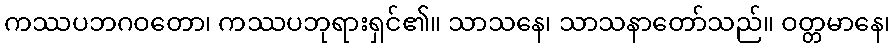
ကဿပဘဂဝတော၊ ကဿပဘုရားရှင်၏။ သာသနေ၊ သာသနာတော်သည်။ ဝတ္တမာနေ၊